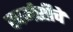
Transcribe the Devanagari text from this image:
फार्मसीचे